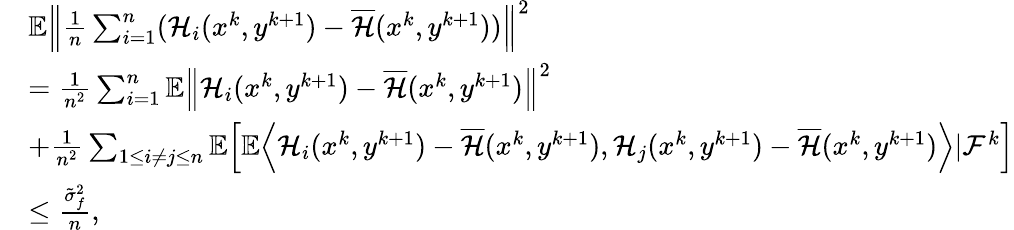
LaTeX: \begin{array}{rl}&{\mathbb{E}\Big\| \frac{1}{n}\sum_{i=1}^{n}(\mathcal{H}_{i}(x^{k},y^{k+1})-\overline{{\mathcal{H}}}(x^{k},y^{k+1}))\Big\| ^{2}}\\ &{=\frac{1}{n^{2}}\sum_{i=1}^{n}\mathbb{E}\left\| \mathcal{H}_{i}(x^{k},y^{k+1})-\overline{{\mathcal{H}}}(x^{k},y^{k+1})\right\| ^{2}}\\ &{+\frac{1}{n^{2}}\sum_{1\leq i\neq j\leq n}\mathbb{E}\Big[\mathbb{E}\Big\langle\mathcal{H}_{i}(x^{k},y^{k+1})-\overline{{\mathcal{H}}}(x^{k},y^{k+1}),\mathcal{H}_{j}(x^{k},y^{k+1})-\overline{{\mathcal{H}}}(x^{k},y^{k+1})\Big\rangle|\mathcal{F}^{k}\Big]}\\ &{\leq\frac{\tilde{\sigma}_{f}^{2}}{n},}\end{array}